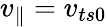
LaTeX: v_{\parallel}=v_{ts0}